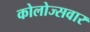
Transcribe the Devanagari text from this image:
कोलोज्सवार